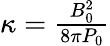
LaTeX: \begin{array}{r}{\kappa=\frac{B_{0}^{2}}{8\pi P_{0}}}\end{array}